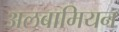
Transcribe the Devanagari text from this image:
अलबामियन